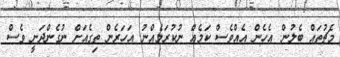
މެޗުތައް ބެލުން. އެހެން އެއްވެސް ކަމެއް ނުކުރަމެއްނު. އަހަރެން ތިގެއަށް ނުގެންދަނީ ވެސް